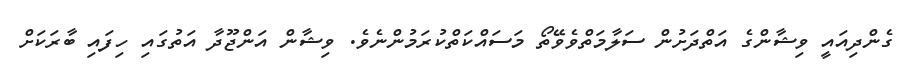
ގެންދިއައީ ވިޝާންގެ އަތްދަށުން ސަލާމަތްވެވޭތޯ މަސައްކަތްކުރަމުންނެވެ. ވިޝާން އަންޖޫދާ އަތުގައި ހިފައި ބާރަކަށް